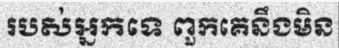
របស់អ្នកទេ ពួកគេនឹងមិន